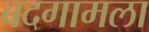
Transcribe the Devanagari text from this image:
बदगामला